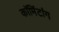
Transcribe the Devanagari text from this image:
कॉमिंटांग